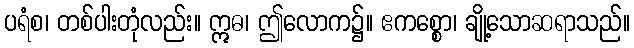
ပရံစ၊ တစ်ပါးတုံလည်း။ ဣဓ၊ ဤလောက၌။ ဧကစ္စော၊ ချို့သောဆရာသည်။